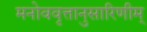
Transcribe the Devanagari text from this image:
मनोववृत्तानुसारिणीम्